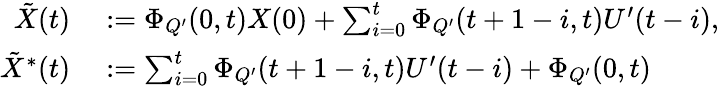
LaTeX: \begin{array}{rl}{\tilde{X}(t)}&{{}:=\Phi_{Q^{\prime}}(0,t)X(0)+\sum_{i=0}^{t}\Phi_{Q^{\prime}}(t+1-i,t)U^{\prime}(t-i),}\\ {\tilde{X}^{*}(t)}&{{}:=\sum_{i=0}^{t}\Phi_{Q^{\prime}}(t+1-i,t)U^{\prime}(t-i)+\Phi_{Q^{\prime}}(0,t)}\end{array}